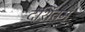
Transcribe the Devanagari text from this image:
दर्शितम्